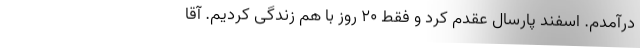
درآمدم. اسفند پارسال عقدم کرد و فقط 20 روز با هم زندگی کردیم. آقا